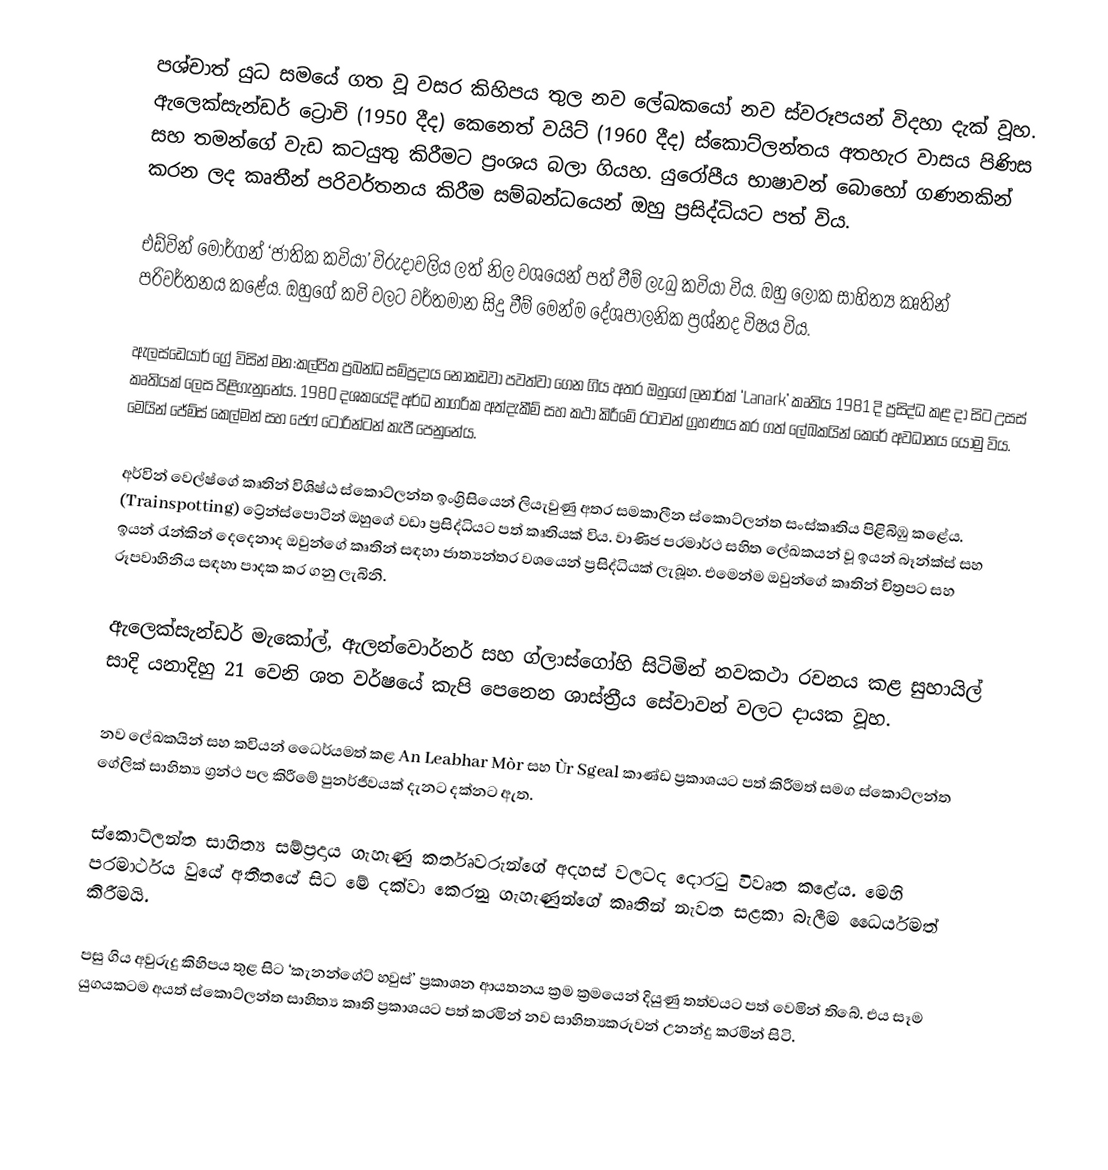
පශ්චාත් යුධ සමයේ ගත වූ වසර කිහිපය තුල නව ලේඛකයෝ නව ස්වරූපයන් විදහා දැක් වූහ. ඇලෙක්සැන්ඩර් ට්‍රොචි (1950 දීද) කෙනෙත් වයිට් (1960 දීද) ස්කොට්ලන්තය අතහැර වාසය පිණිස සහ තමන්ගේ වැඩ කටයුතු කිරීමට ප්‍රංශය බල‍ා ගියහ. යුරෝපීය භාෂාවන් බොහෝ ගණනකින් කරන ලද කෘතීන් පරිවර්තනය කිරීම සම්බන්ධයෙන් ඔහු ප්‍රසිද්ධියට පත් විය.

එඩ්වින් මෝර්ගන් ‘ජාතික කවියා’ විරුදාවලිය ලත් නිල වශයෙන් පත් වීම් ලැබු කවියා විය. ඔහු ලෝක සාහිත්‍ය කෘතින් පරිවර්තනය කළේය. ඔහුගේ කවි වලට වර්තමාන සිදු වීම් මෙන්ම දේශපාලනික ප්‍රශ්නද විෂය විය.

ඇලස්ඩෙයාර් ග්‍රේ විසින් මන:කල්පිත ප්‍රබන්ධ සම්ප්‍රදාය නොකඩවා පවත්වා ගෙන ගිය අතර ඔහුගේ ලනාර්ක් ‘Lanark’ කෘතිය 1981 දි  ප්‍රසිද්ධ කළ දා සිට උසස් කෘතියක් ලෙස පිළිගැනුනේය. 1980 දශකයේදි අර්ධ නාගරික අත්දැකීම් සහ කථා කිරීමේ රටාවන් ග්‍රහණය කර ගත් ලේඛකයින් කෙ‍රේ අවධානය යොමු විය. මෙයින් ජේම්ස් කෙල්මන් සහ ජෙෆ් ටොරින්ටන් කැපී පෙනුනේය.

අර්වින් වෙල්ෂ්ගේ කෘතින් විශිෂ්ඨ ස්කොට්ලන්ත ඉංග්‍රිසියෙන් ලියැවුණු අතර සමකාලීන ස්කොට්ලන්ත සංස්කෘතිය පිළිබිඹු කළේය. (Trainspotting) ට්‍රේන්ස්පොටින් ඔහුගේ වඩා ප්‍රසිද්ධියට පත්  කෘතියක් විය. වාණිජ පරමාර්ථ සහිත ලේඛකයන් වූ ඉයන් බෑන්ක්ස් සහ ඉයන් රැන්කින් දෙදෙනාද ඔවුන්ගේ කෘතින් සඳහා ජාත්‍යන්තර වශයෙන් ප්‍රසිද්ධියක් ලැබූහ. එමෙන්ම ඔවුන්ගේ කෘතින් චිත්‍රපට සහ රූපවාහිනිය සඳහා පාදක කර ගනු ලැබිනි.

ඇලෙක්සැන්ඩර් මැකෝල්, ඇලන්වොර්නර් සහ ග්ලාස්ගෝහි සිටිමින් නවකථා රචනය කළ සුහායිල් සාදි යනාදිහු 21 වෙනි ශත වර්ෂයේ කැපි පෙනෙන ශාස්ත්‍රීය සේවාවන් වලට දායක වූහ.

නව ලේඛකයින් සහ කවියන් ධෛර්යමත් කළ An Leabhar Mòr සහ Ùr Sgeal කාණ්ඩ ප්‍රකාශයට පත් කිරීමත් සමග ස්කොට්ලන්ත ගේලික් සාහිත්‍ය ග්‍රන්ථ පල කිරීමේ පුනර්ජීවයක් දැනට දක්නට ඇත.

ස්කොට්ලන්ත සාහිත්‍ය සම්ප්‍රදාය ගැහැණු කර්තෘවරුන්ගේ අදහස් වලටද දොරටු විවෘත කළේය. මෙහි පරමාර්ථය වුයේ අතීතයේ සිට මේ දක්වා කෙරනු ගැහැණුන්ගේ කෘතින් නැවත සළකා බැලීම ධෛර්යමත් කිරීමයි.

පසු ගිය අවුරුදු කිහිපය තුළ සිට ‘කැනන්ගේට් හවුස්’ ප්‍රකාශන ආයතනය ක්‍රම ක්‍රමයෙන් දියුණු තත්වයට පත් වෙමින් තිබේ. එය සෑම යුගයකටම අයත් ස්කොට්ලන්ත සාහිත්‍ය කෘති ප්‍රකාශයට පත් කරමින් නව සාහිත්‍යකරුවන් උනන්දු කරමින් සිටි.